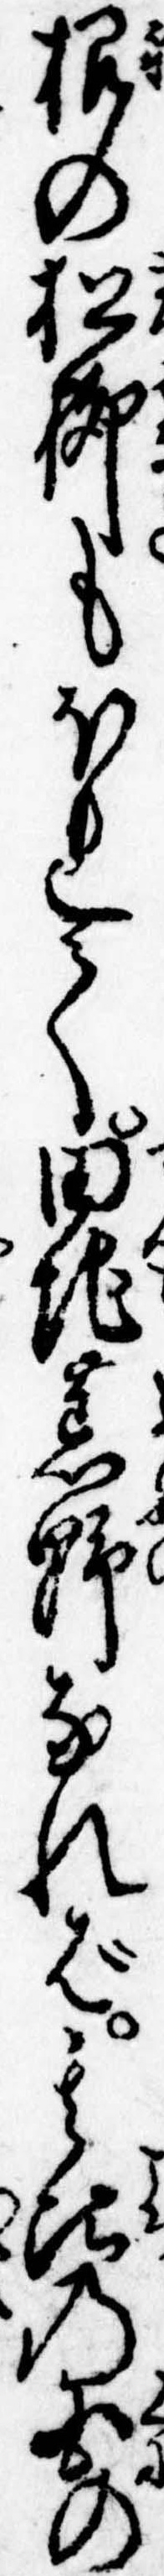
根の松柳もほれて田地荒野なれば其比の国の